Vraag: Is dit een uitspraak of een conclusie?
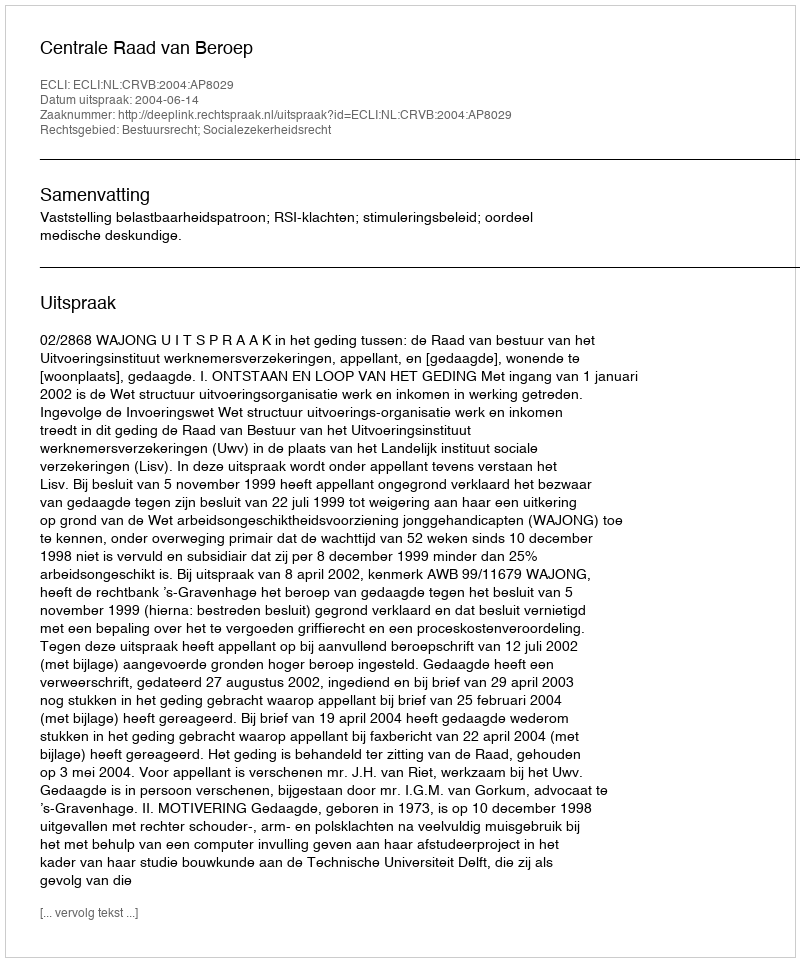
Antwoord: Uitspraak